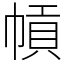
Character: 幊